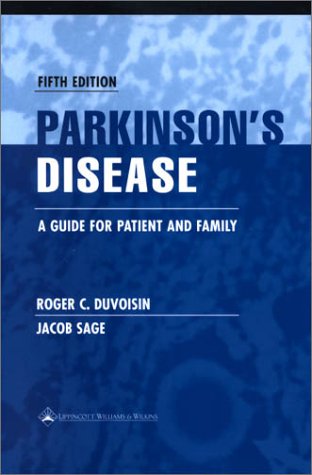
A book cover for Parkinson's Disease: A Guide for Patient and Family; Roger C. Duvoisin; Health, Fitness & Dieting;